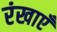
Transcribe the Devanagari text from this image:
रंखाएँ